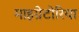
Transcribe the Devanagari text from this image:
माइग्रेटोरिया